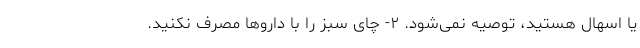
یا اسهال هستید، توصیه نمی‌شود. ۲- چای سبز را با داروها مصرف نکنید.